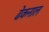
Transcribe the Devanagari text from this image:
ढेकनाल